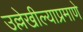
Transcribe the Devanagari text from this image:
उल्लेखील्याप्रमाणे